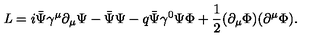
{ \it L } = i \bar { \Psi } { \gamma } ^ { \mu } { \partial } _ { \mu } { \Psi } - \bar { \Psi } { \Psi } - q \bar { \Psi } { \gamma } ^ { 0 } { \Psi } \Phi + { \frac { 1 } { 2 } } ( { \partial } _ { \mu } \Phi ) ( { \partial } ^ { \mu } \Phi ) .